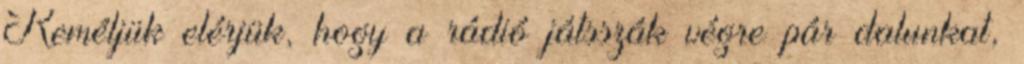
Reméljük elérjük, hogy a rádió játsszák végre pár dalunkat,